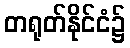
တရုတ်နိုင်ငံ၌